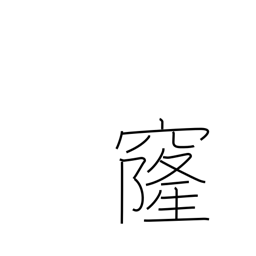
Meaning: vault (of sky)